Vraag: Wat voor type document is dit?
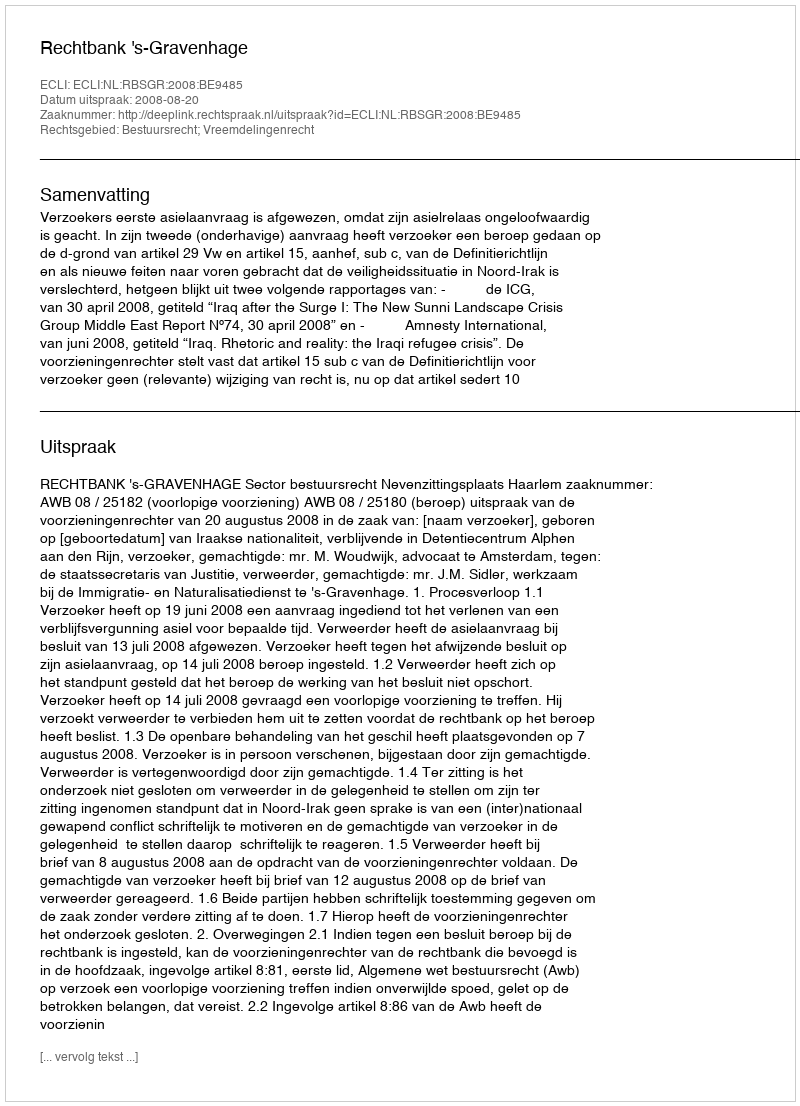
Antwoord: Uitspraak